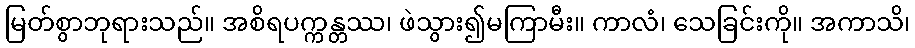
မြတ်စွာဘုရားသည်။ အစိရပက္ကန္တဿ၊ ဖဲသွား၍မကြာမီး။ ကာလံ၊ သေခြင်းကို။ အကာသိ၊